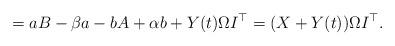
LaTeX: \begin{align*}=aB-\beta a-bA+\alpha b+Y(t)\Omega I^{\top}=(X+Y(t))\Omega I^{\top}.\end{align*}